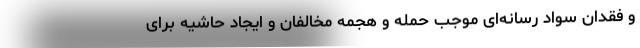
و فقدان سواد رسانه‌ای موجب حمله و هجمه مخالفان و ایجاد حاشیه برای